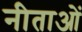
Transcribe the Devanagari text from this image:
नीताओं